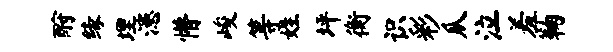
酹缘埋漶懵峻等姓坪衡识彩瓜泣羞鞠